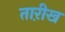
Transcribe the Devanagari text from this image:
ताऱीख